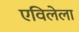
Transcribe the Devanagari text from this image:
एविलेला